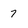
Character: 7